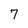
Character: 7